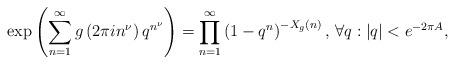
LaTeX: \begin{align*}\exp\left(\sum^{\infty}_{n=1}g\left(2\pi i n^{\nu}\right)q^{n^{\nu}}\right)=\prod^{\infty}_{n=1}\left(1-q^n\right)^{-X_g(n)}\textrm{, }\forall q:|q|<e^{-2\pi A},\end{align*}